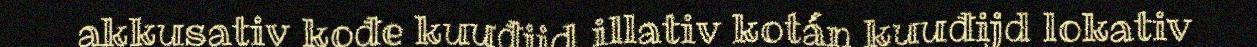
akkusativ kođe kuuđijd illativ kotán kuuđijd lokativ